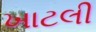
ખાટલી